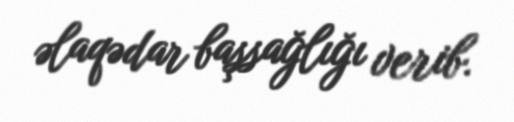
əlaqədar başsağlığı verib.